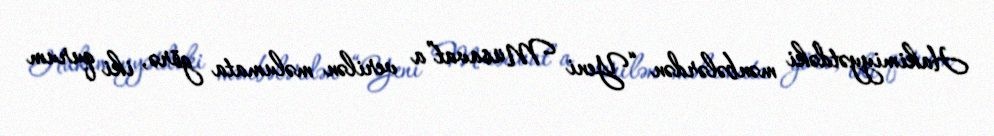
Hakimiyyətdəki mənbələrdən “Yeni Müsavat”a verilən məlumata görə, iki qurum